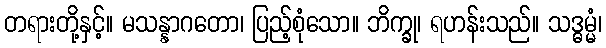
တရားတို့နှင့်။ မသန္နာဂတော၊ ပြည့်စုံသော။ ဘိက္ခု၊ ရဟန်းသည်။ သဒ္ဓမ္မံ၊